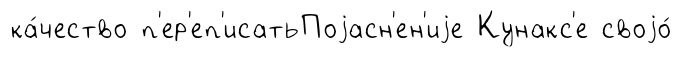
ка́чество п'ер'еп'исатьПоjасн'ен'иjе Кунакс'е своjо́